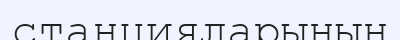
станцияларының